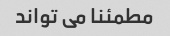
مطمئنا می تواند